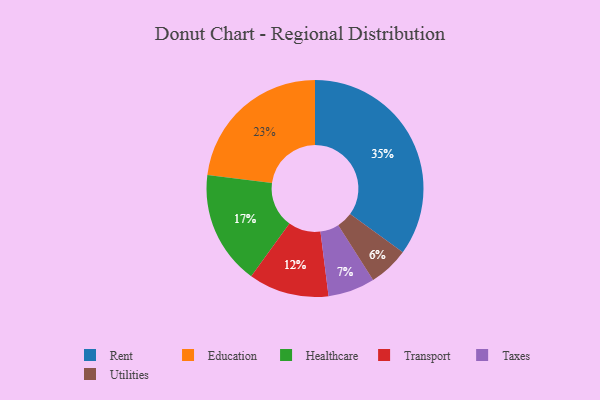
{"axis": {"x": "Category", "y": "Percentage"}, "legend": ["Education", "Healthcare", "Rent", "Taxes", "Transport", "Utilities"], "data": [{"x": "Transport", "y": 12, "type": "Transport"}, {"x": "Healthcare", "y": 17, "type": "Healthcare"}, {"x": "Utilities", "y": 6, "type": "Utilities"}, {"x": "Taxes", "y": 7, "type": "Taxes"}, {"x": "Rent", "y": 35, "type": "Rent"}, {"x": "Education", "y": 23, "type": "Education"}]}